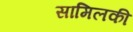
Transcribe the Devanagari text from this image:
सामिलकी